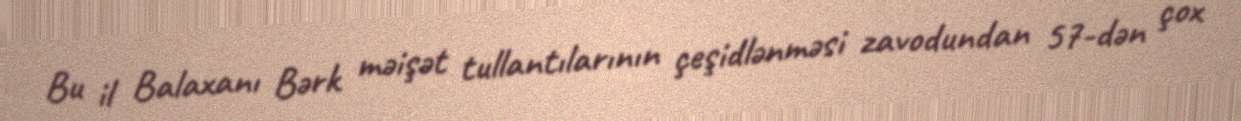
Bu il Balaxanı Bərk məişət tullantılarının çeşidlənməsi zavodundan 57-dən çox